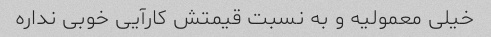
خیلی معمولیه و به نسبت قیمتش کارآیی خوبی نداره